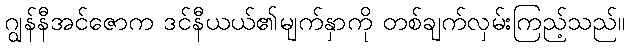
ဂျွန်နီအင်ဇောက ဒင်နီယယ်၏မျက်နှာကို တစ်ချက်လှမ်းကြည့်သည်။